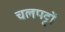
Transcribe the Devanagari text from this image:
चलपट्टों